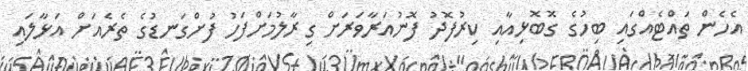
އެހެން ތައްޓެއްގައި ބިހުގެ ގޮބޮޅިއާއި ކިރުފޮދު ފޮނުއަރާވަރަށް ގިރާލުމަށްފަހު ފުށްގަނޑުގެ ތެރެއަށް އަޅާލައި